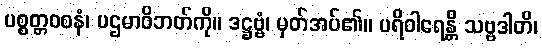
ပစ္စတ္တဝစနံ၊ ပဌမာဝိဘတ်ကို။ ဒဋ္ဌဗ္ဗံ၊ မှတ်အပ်၏။ ပရိဝါရေန္တိ သဗ္ဗဒါတိ၊